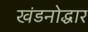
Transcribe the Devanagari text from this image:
खंडनोद्धार